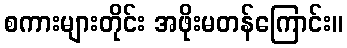
စကားများတိုင်း အဖိုးမတန်ကြောင်း။